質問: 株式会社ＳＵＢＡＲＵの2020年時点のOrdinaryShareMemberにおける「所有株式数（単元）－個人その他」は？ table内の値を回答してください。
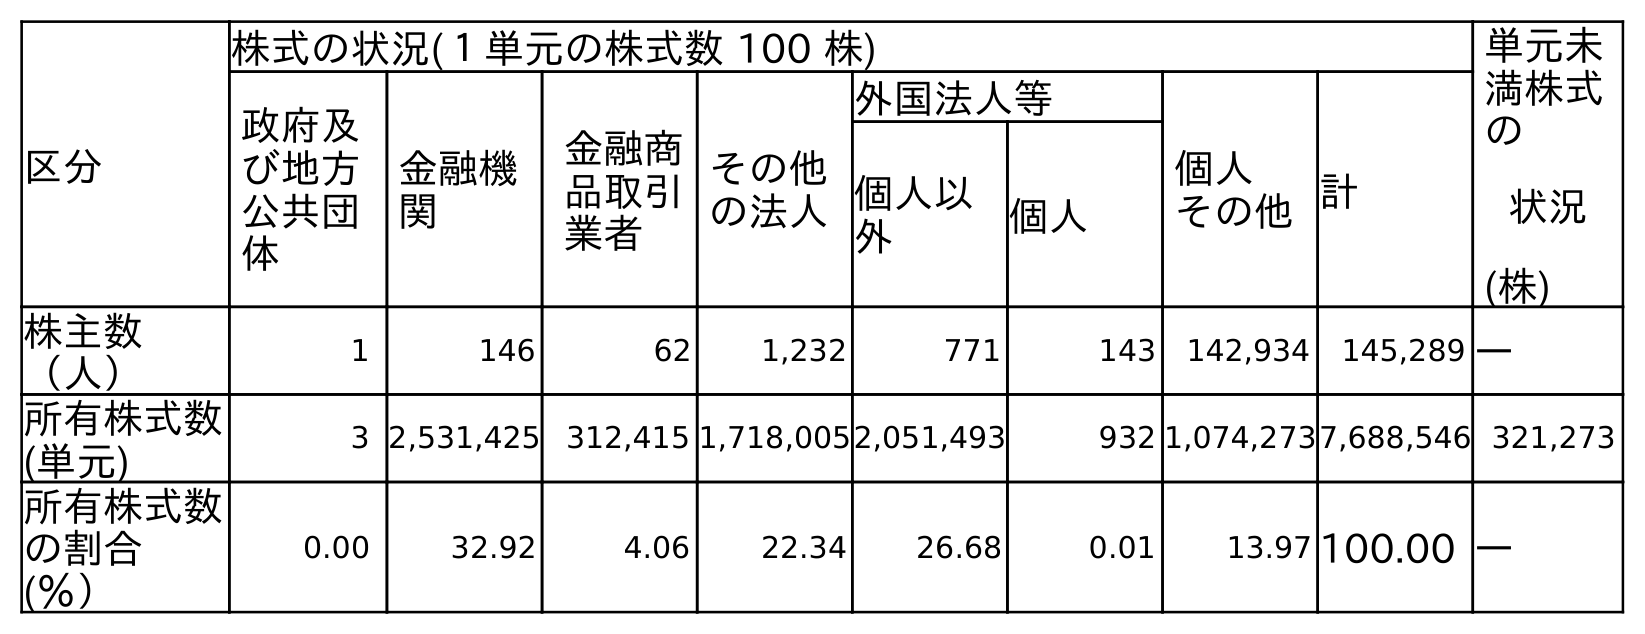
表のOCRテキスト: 区分 株式の状況(１単元の株式数 100 株) 単元未 満株式 の 状況 (株) 政府及 び地方 公共団 体 金融機 関 金融商 品取引 業者 その他 の法人 外国法人等 個人 その他計 個人以 外 個人 株主数 （人） 1 146 62 1,232 771 143 142,934 145,289 ― 所有株式数 (単元) 3 2,531,425 312,415 1,718,0052,051,493 932 1,074,2737,688,546 321,273 所有株式数 の割合 (％） 0.00 32.92 4.06 22.34 26.68 0.01 13.97 100.00 ―
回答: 1,074,273